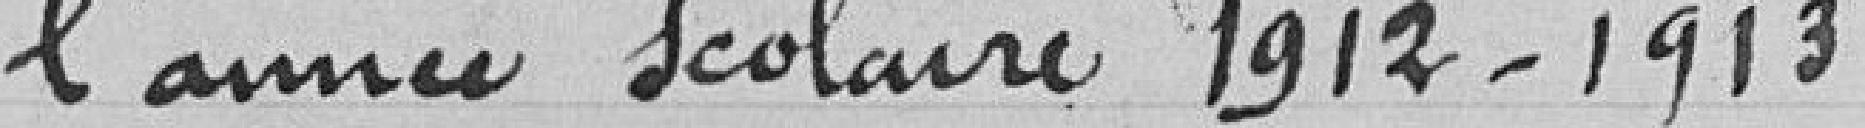
l'année scolaire 1912-1913